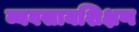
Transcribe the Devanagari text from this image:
व्यवसायशिक्षण